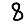
Digit: 8